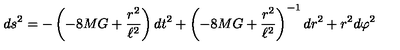
d s ^ { 2 } = - \left( - 8 M G + \frac { r ^ { 2 } } { \ell ^ { 2 } } \right) d t ^ { 2 } + \left( - 8 M G + \frac { r ^ { 2 } } { \ell ^ { 2 } } \right) ^ { - 1 } d r ^ { 2 } + r ^ { 2 } d \varphi ^ { 2 }